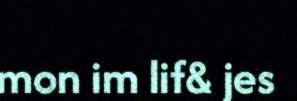
mon im lif& jes